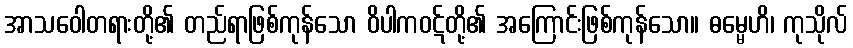
အာသဝေါတရားတို့၏ တည်ရာဖြစ်ကုန်သော ဝိပါကဝဋ်တို့၏ အကြောင်းဖြစ်ကုန်သော။ ဓမ္မေဟိ၊ ကုသိုလ်